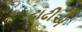
ઢાઢીએ